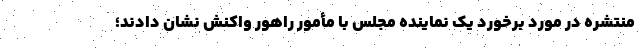
منتشره در مورد برخورد یک نماینده مجلس با مأمور راهور واکنش نشان دادند؛